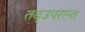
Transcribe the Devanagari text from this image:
तद्उपरान्त